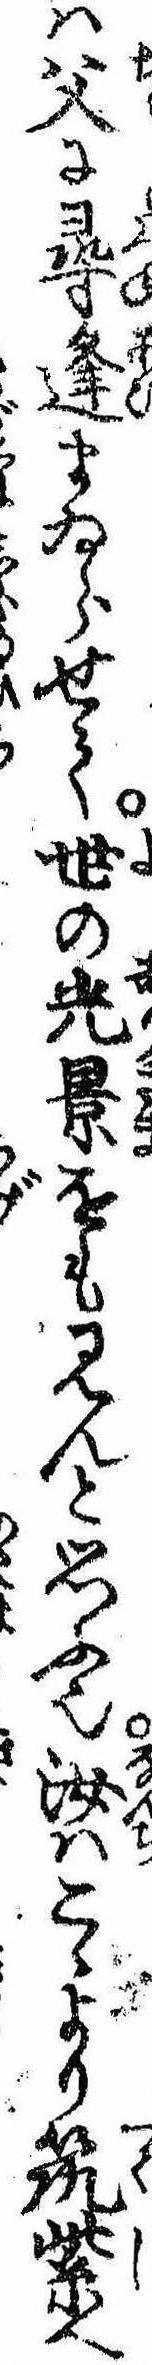
は父に尋逢まゐらせて世の光景をも見んと思ふ也汝はこゝより筑紫へ